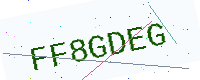
Text: FF8GDEG